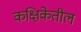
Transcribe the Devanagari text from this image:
कक्षिकेतील